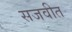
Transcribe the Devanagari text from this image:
सजवीत